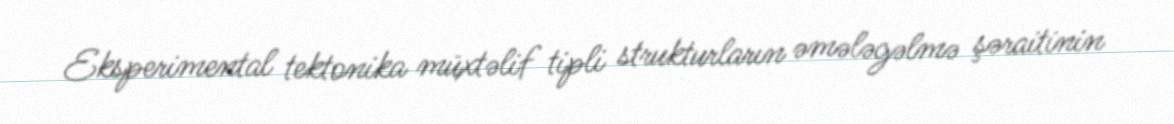
Eksperimental tektonika müxtəlif tipli strukturların əmələgəlmə şəraitinin